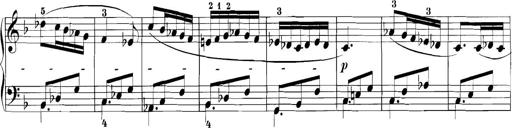
Title: 3 Sonatinas
Composer: Carl Reinecke